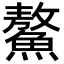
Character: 鰲